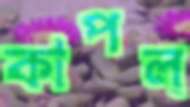
কাপল্